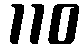
110